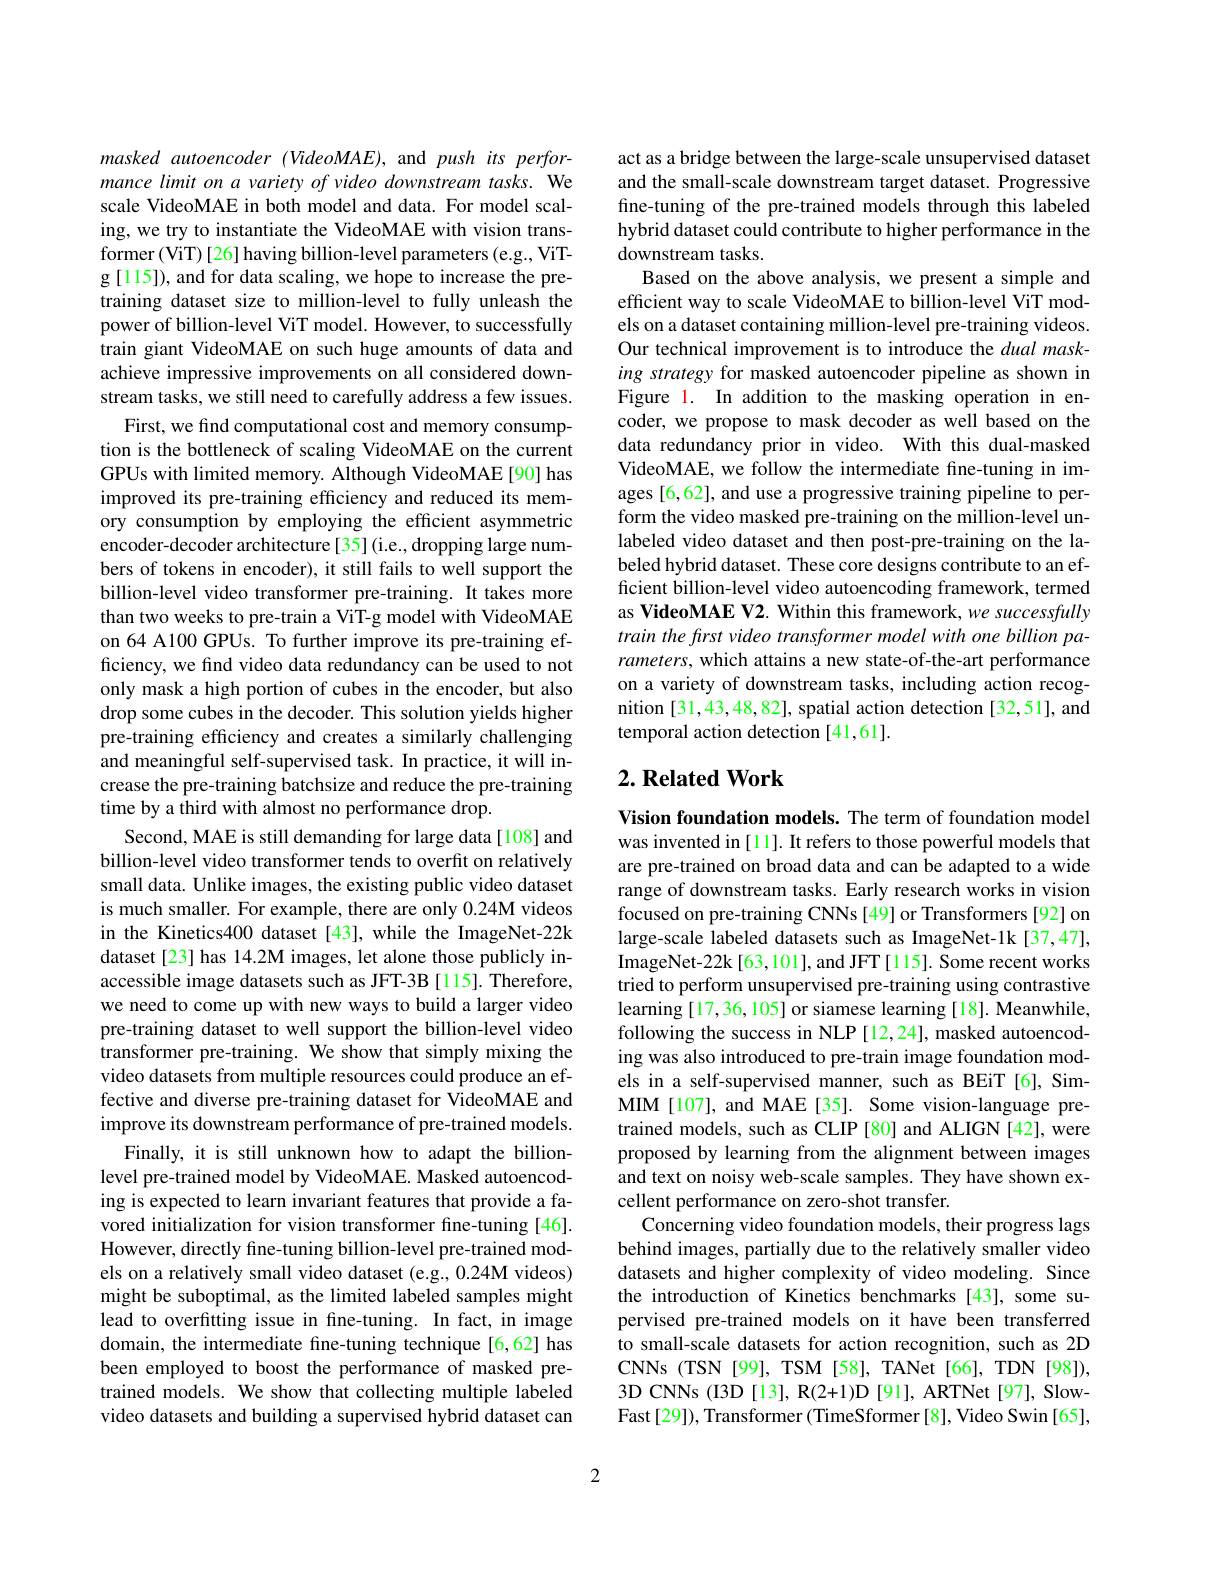
masked autoencoder (VideoMAE), and push its performance limit on a variety of video downstream tasks. We scale VideoMAE in both model and data. For model scaling, we try to instantiate the VideoMAE with vision transformer (ViT)[26] having billion-level parameters(e.g., ViTg [115]), and for data scaling, we hope to increase the pretraining dataset size to million-level to fully unleash the power of billion-level ViT model. However, to successfully train giant VideoMAE on such huge amounts of data and achieve impressive improvements on all considered downstream tasks, we still need to carefully address a few issues.
First, we find computational cost and memory consumption is the bottleneck of scaling VideoMAE on the current GPUs with limited memory. Although VideoMAE[90] has improved its pre-training efficiency and reduced its memory consumption by employing the efficient asymmetric encoder-decoder architecture[35](i.e.,dropping large numbers of tokens in encoder), it still fails to well support the billion-level video transformer pre-training. It takes more than two weeks to pre-train a ViT-g model with VideoMAE on 64 A100 GPUs. To further improve its pre-training efficiency, we find video data redundancy can be used to not only mask a high portion of cubes in the encoder, but also drop some cubes in the decoder. This solution yields higher pre-training efficiency and creates a similarly challenging and meaningful self-supervised task. In practice, it will increase the pre-training batchsize and reduce the pre-training time by a third with almost no performance drop.
Second, MAE is still demanding for large data[108] and billion-level video transformer tends to overfit on relatively small data. Unlike images, the existing public video dataset is much smaller. For example, there are only $0.24\mathbf{M}$ videos in the Kinetics400 dataset [43], while the ImageNet-22k dataset[23] has 14.2M images, let alone those publicly inaccessible image datasets such as JFT-3B [115]. Therefore, we need to come up with new ways to build a larger video pre-training dataset to well support the billion-level video transformer pre-training. We show that simply mixing the video datasets from multiple resources could produce an effective and diverse pre-training dataset for VideoMAE and improve its downstream performance of pre-trained models.
Finally, it is still unknown how to adapt the billionlevel pre-trained model by VideoMAE. Masked autoencoding is expected to learn invariant features that provide a favored initialization for vision transformer fine-tuning [46]. However, directly fine-tuning billion-level pre-trained models on a relatively small video dataset (e.g., 0.24M videos) might be suboptimal, as the limited labeled samples might lead to overfitting issue in fine-tuning. In fact, in image domain, the intermediate fine-tuning technique [6,62] has been employed to boost the performance of masked pretrained models. We show that collecting multiple labeled video datasets and building a supervised hybrid dataset can

act as a bridge between the large-scale unsupervised dataset and the small-scale downstream target dataset. Progressive fine-tuning of the pre-trained models through this labeled hybrid dataset could contribute to higher performance in the downstream tasks.
Based on the above analysis, we present a simple and efficient way to scale VideoMAE to billion-level ViT models on a dataset containing million-level pre-training videos. Our technical improvement is to introduce the dual masking strategy for masked autoencoder pipeline as shown in Figure l. In addition to the masking operation in encoder, we propose to mask decoder as well based on the data redundancy prior in video. With this dual-masked VideoMAE, we follow the intermediate fine-tuning in images [6,62], and use a progressive training pipeline to perform the video masked pre-training on the million-level unlabeled video dataset and then post-pre-training on the labeled hybrid dataset. These core designs contribute to an efficient billion-level video autoencoding framework, termed as VideoMAE V2. Within this framework, we successfully train the frst video transformer model with one billion parameters, which attains a new state-of-the-art performance on a variety of downstream tasks, including action recognition [31,43,48,82], spatial action detection [32,51], and temporal action detection [41,61].

## $2. \textbf{Related Work}$

Vision foundation models. The term of foundation model was invented in [11]. It refers to those powerful models that are pre-trained on broad data and can be adapted to a wide range of downstream tasks. Early research works in vision focused on pre-training CNNs[49] or Transformers[92] on large-scale labeled datasets such as ImageNet-1k [37,47], ImageNet-22k[63,101], and JFT[115]. Some recent works tried to perform unsupervised pre-training using contrastive learning [17,36,105] or siamese learning [18]. Meanwhile, following the success in NLP [12,24], masked autoencoding was also introduced to pre-train image foundation models in a self-supervised manner, such as BEiT[6], SimMIM[107], and MAE[35]. Some vision-language pretrained models, such as CLIP [80] and ALIGN [42], were proposed by learning from the alignment between images and text on noisy web-scale samples. They have shown excellent performance on zero-shot transfer.
Concerning video foundation models, their progress lags behind images, partially due to the relatively smaller video datasets and higher complexity of video modeling. Since the introduction of Kinetics benchmarks [43], some supervised pre-trained models on it have been transferred to small-scale datasets for action recognition, such as 2D CNNs (TSN[99], TSM[58], TANet[66], TDN[98]), 3D CNNs (I3D[13], R(2+1)D[91], ARTNet[97], SlowFast[29]), Transformer(TimeSformer[8], Video Swin[65],

2